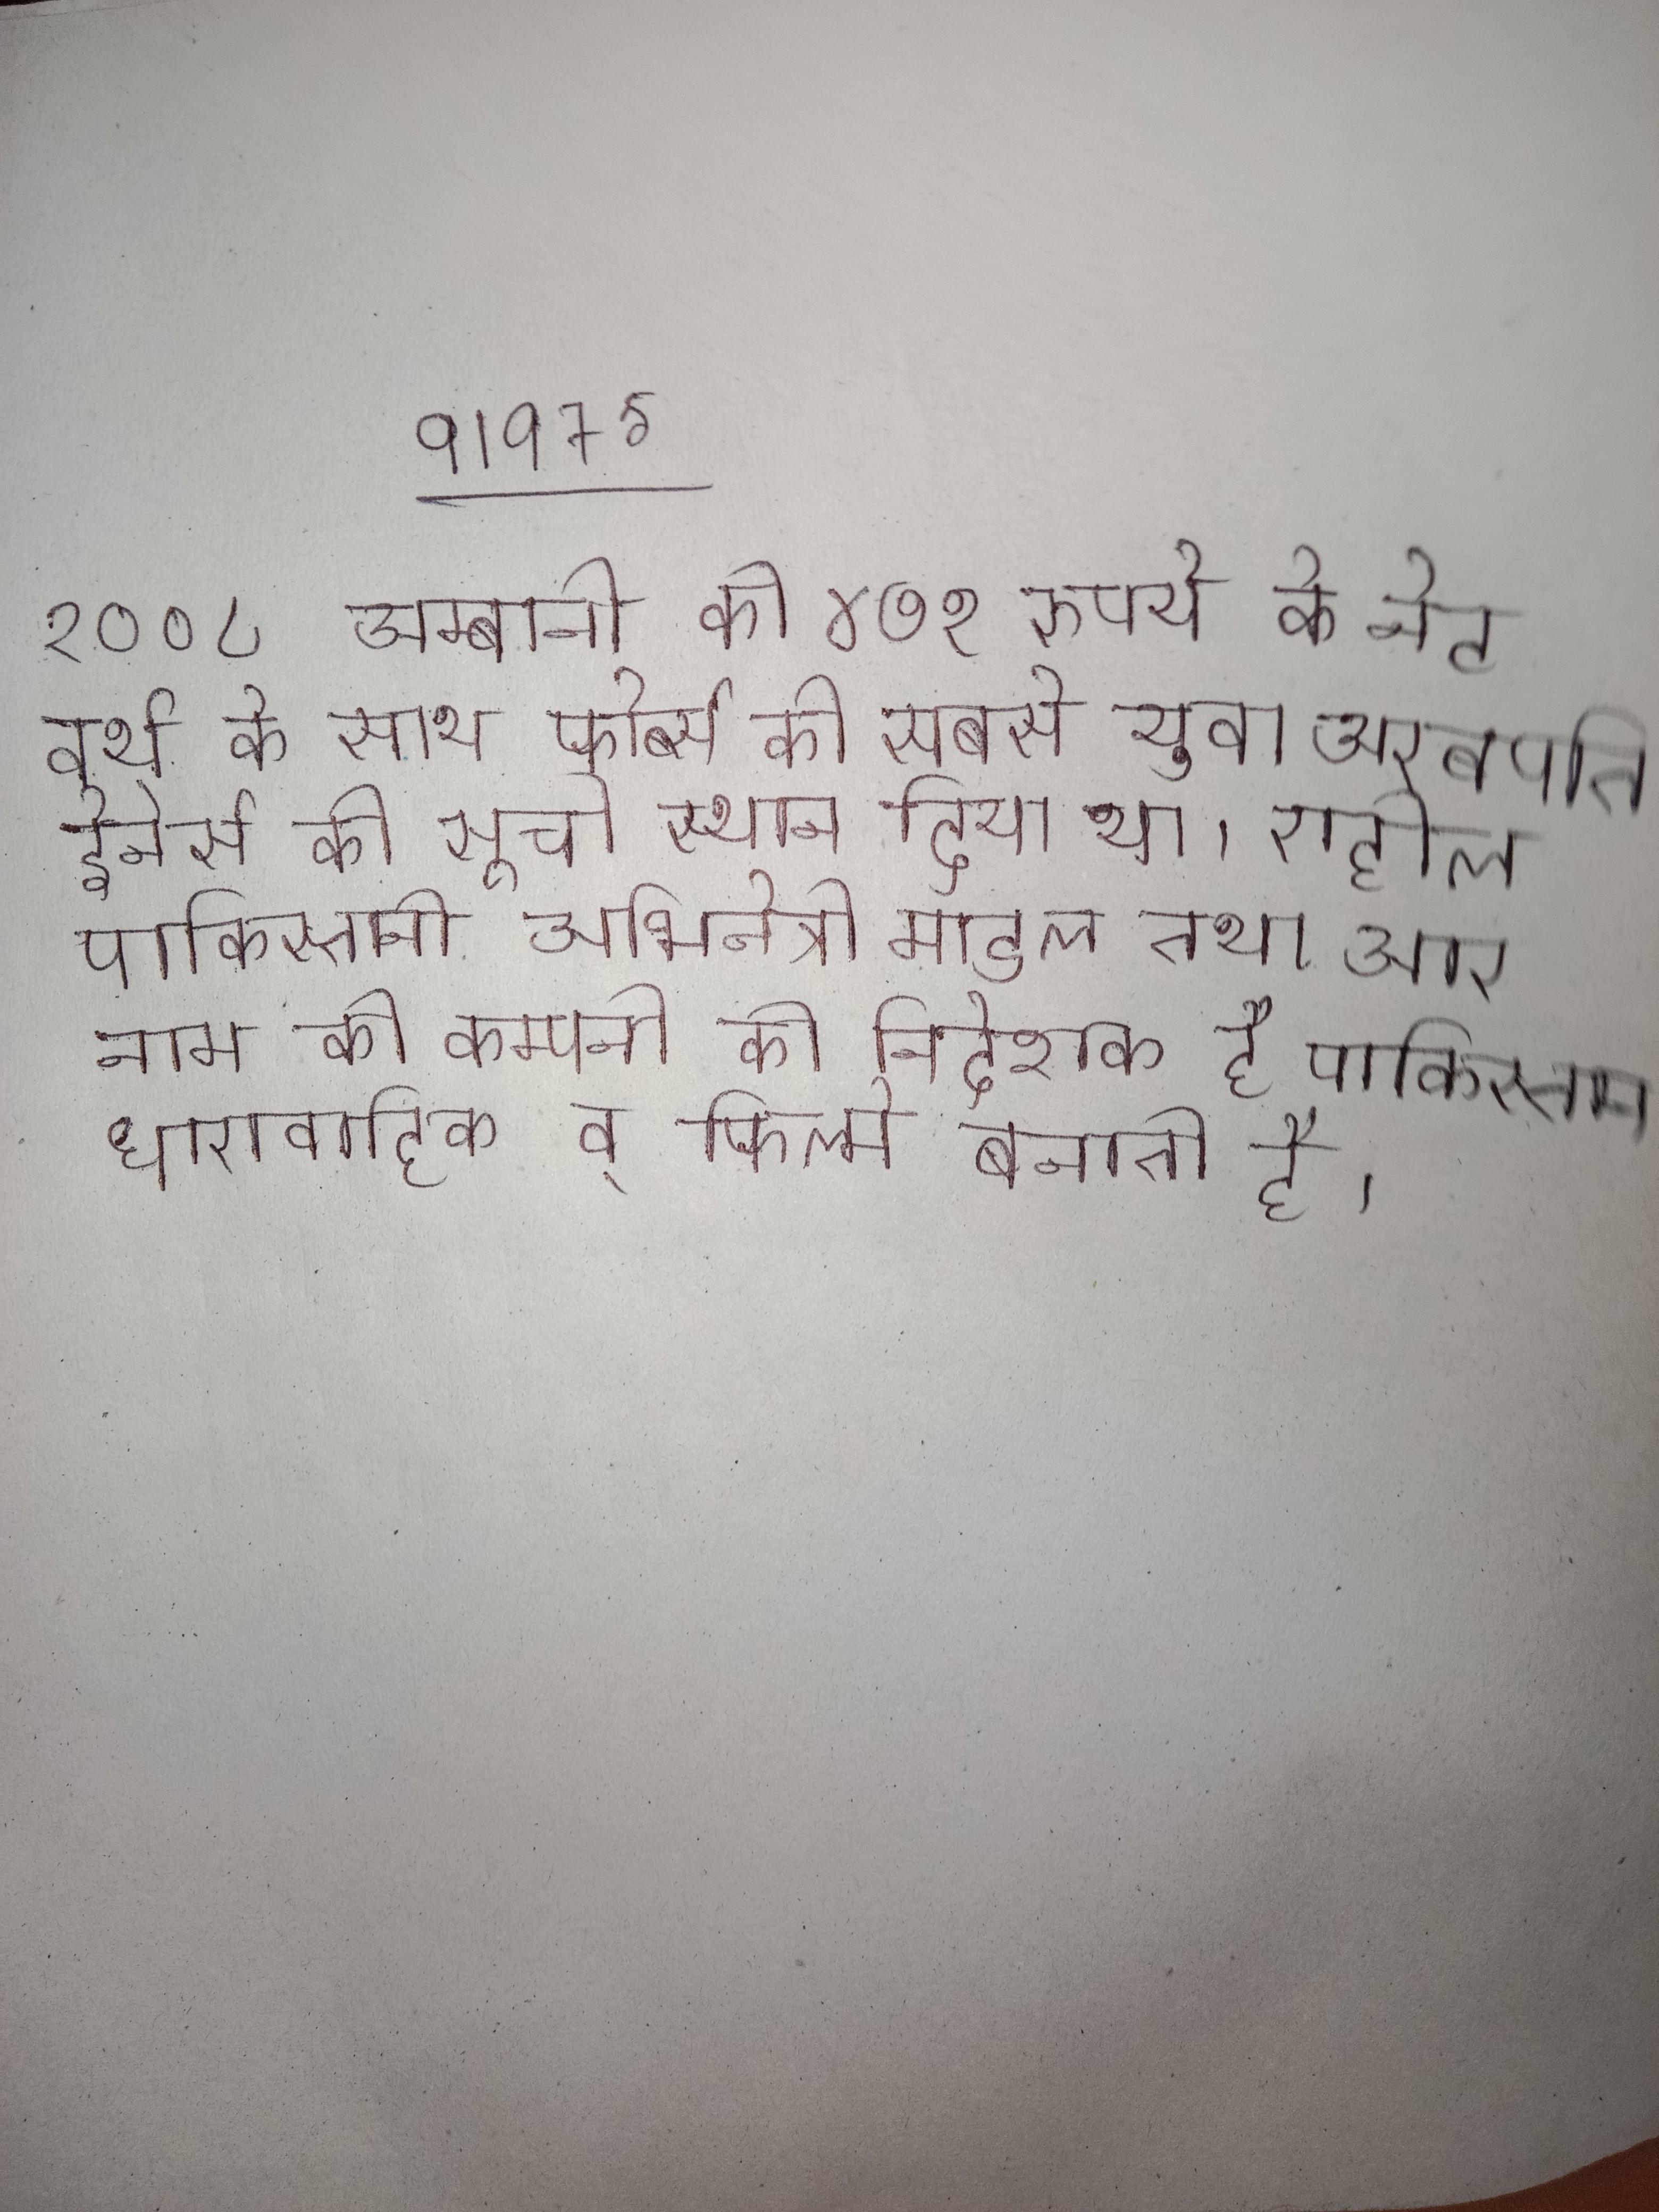
२००८ अम्बानी को ४७१ रुपये के नेट वर्थ के साथ फोर्ब्स की सबसे युवा अरबपति हेनेर्स की सूची स्थान दिया था । राहील पाकिस्तानी अभिनेत्री माडल तथा आर नाम की कम्पनी की निदेशक है पाकिस्तान धारावाहिक व् फिल्मे बनाती है ।